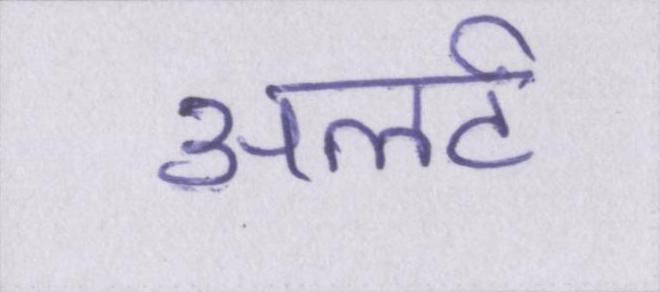
अलर्ट